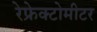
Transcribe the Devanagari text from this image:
रेफ्रेक्टोमीटर